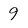
Character: 9